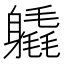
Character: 𨊉